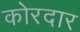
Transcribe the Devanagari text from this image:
कोरदार